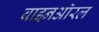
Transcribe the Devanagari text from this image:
बाइनऑरल